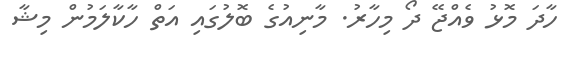
ހާދަ މޮޅު ވެއްޖޭ ދޯ މިހާރު. މާނިއުގެ ބޮލުގައި އަތް ހާކާލަމުން މިޝާ